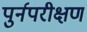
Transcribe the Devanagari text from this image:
पुर्नपरीक्षण